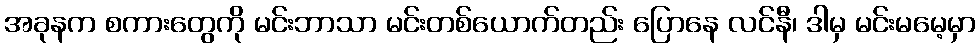
အခုနက စကားတွေကို မင်းဘာသာ မင်းတစ်ယောက်တည်း ပြောနေ လင်နီ၊ ဒါမှ မင်းမမေ့မှာ